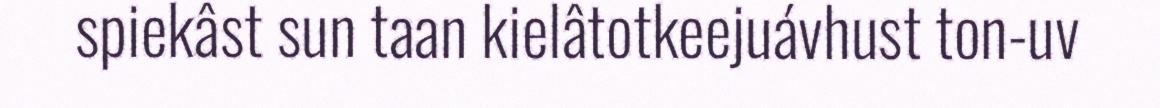
spiekâst sun taan kielâtotkeejuávhust ton-uv